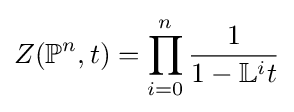
Z({\mathbb {P} }^{n},t)=\prod _{i=0}^{n}{\frac {1}{1-{\mathbb {L} }^{i}t}}